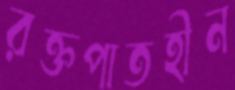
রক্তপাতহীন